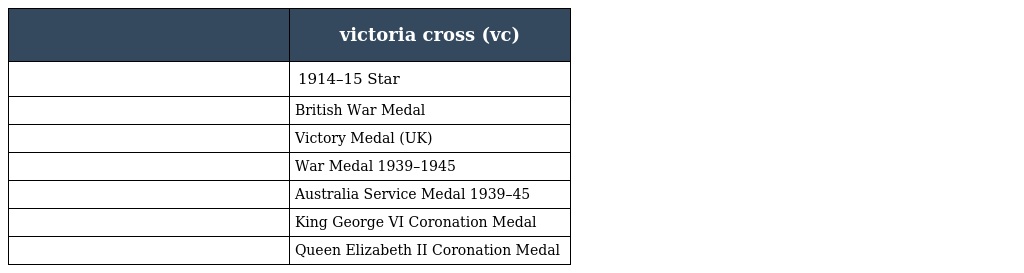
|  | victoria cross (vc) |
 | --- | --- |
 |  | 1914–15 Star |
 |  | British War Medal |
 |  | Victory Medal (UK) |
 |  | War Medal 1939–1945 |
 |  | Australia Service Medal 1939–45 |
 |  | King George VI Coronation Medal |
 |  | Queen Elizabeth II Coronation Medal |